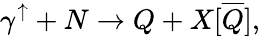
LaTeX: \gamma^{\uparrow}+N\rightarrow Q+X[\overline{{{Q}}}],